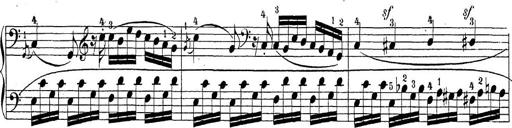
Title: Sonatina Album
Composer: Louis KÃ¶hler